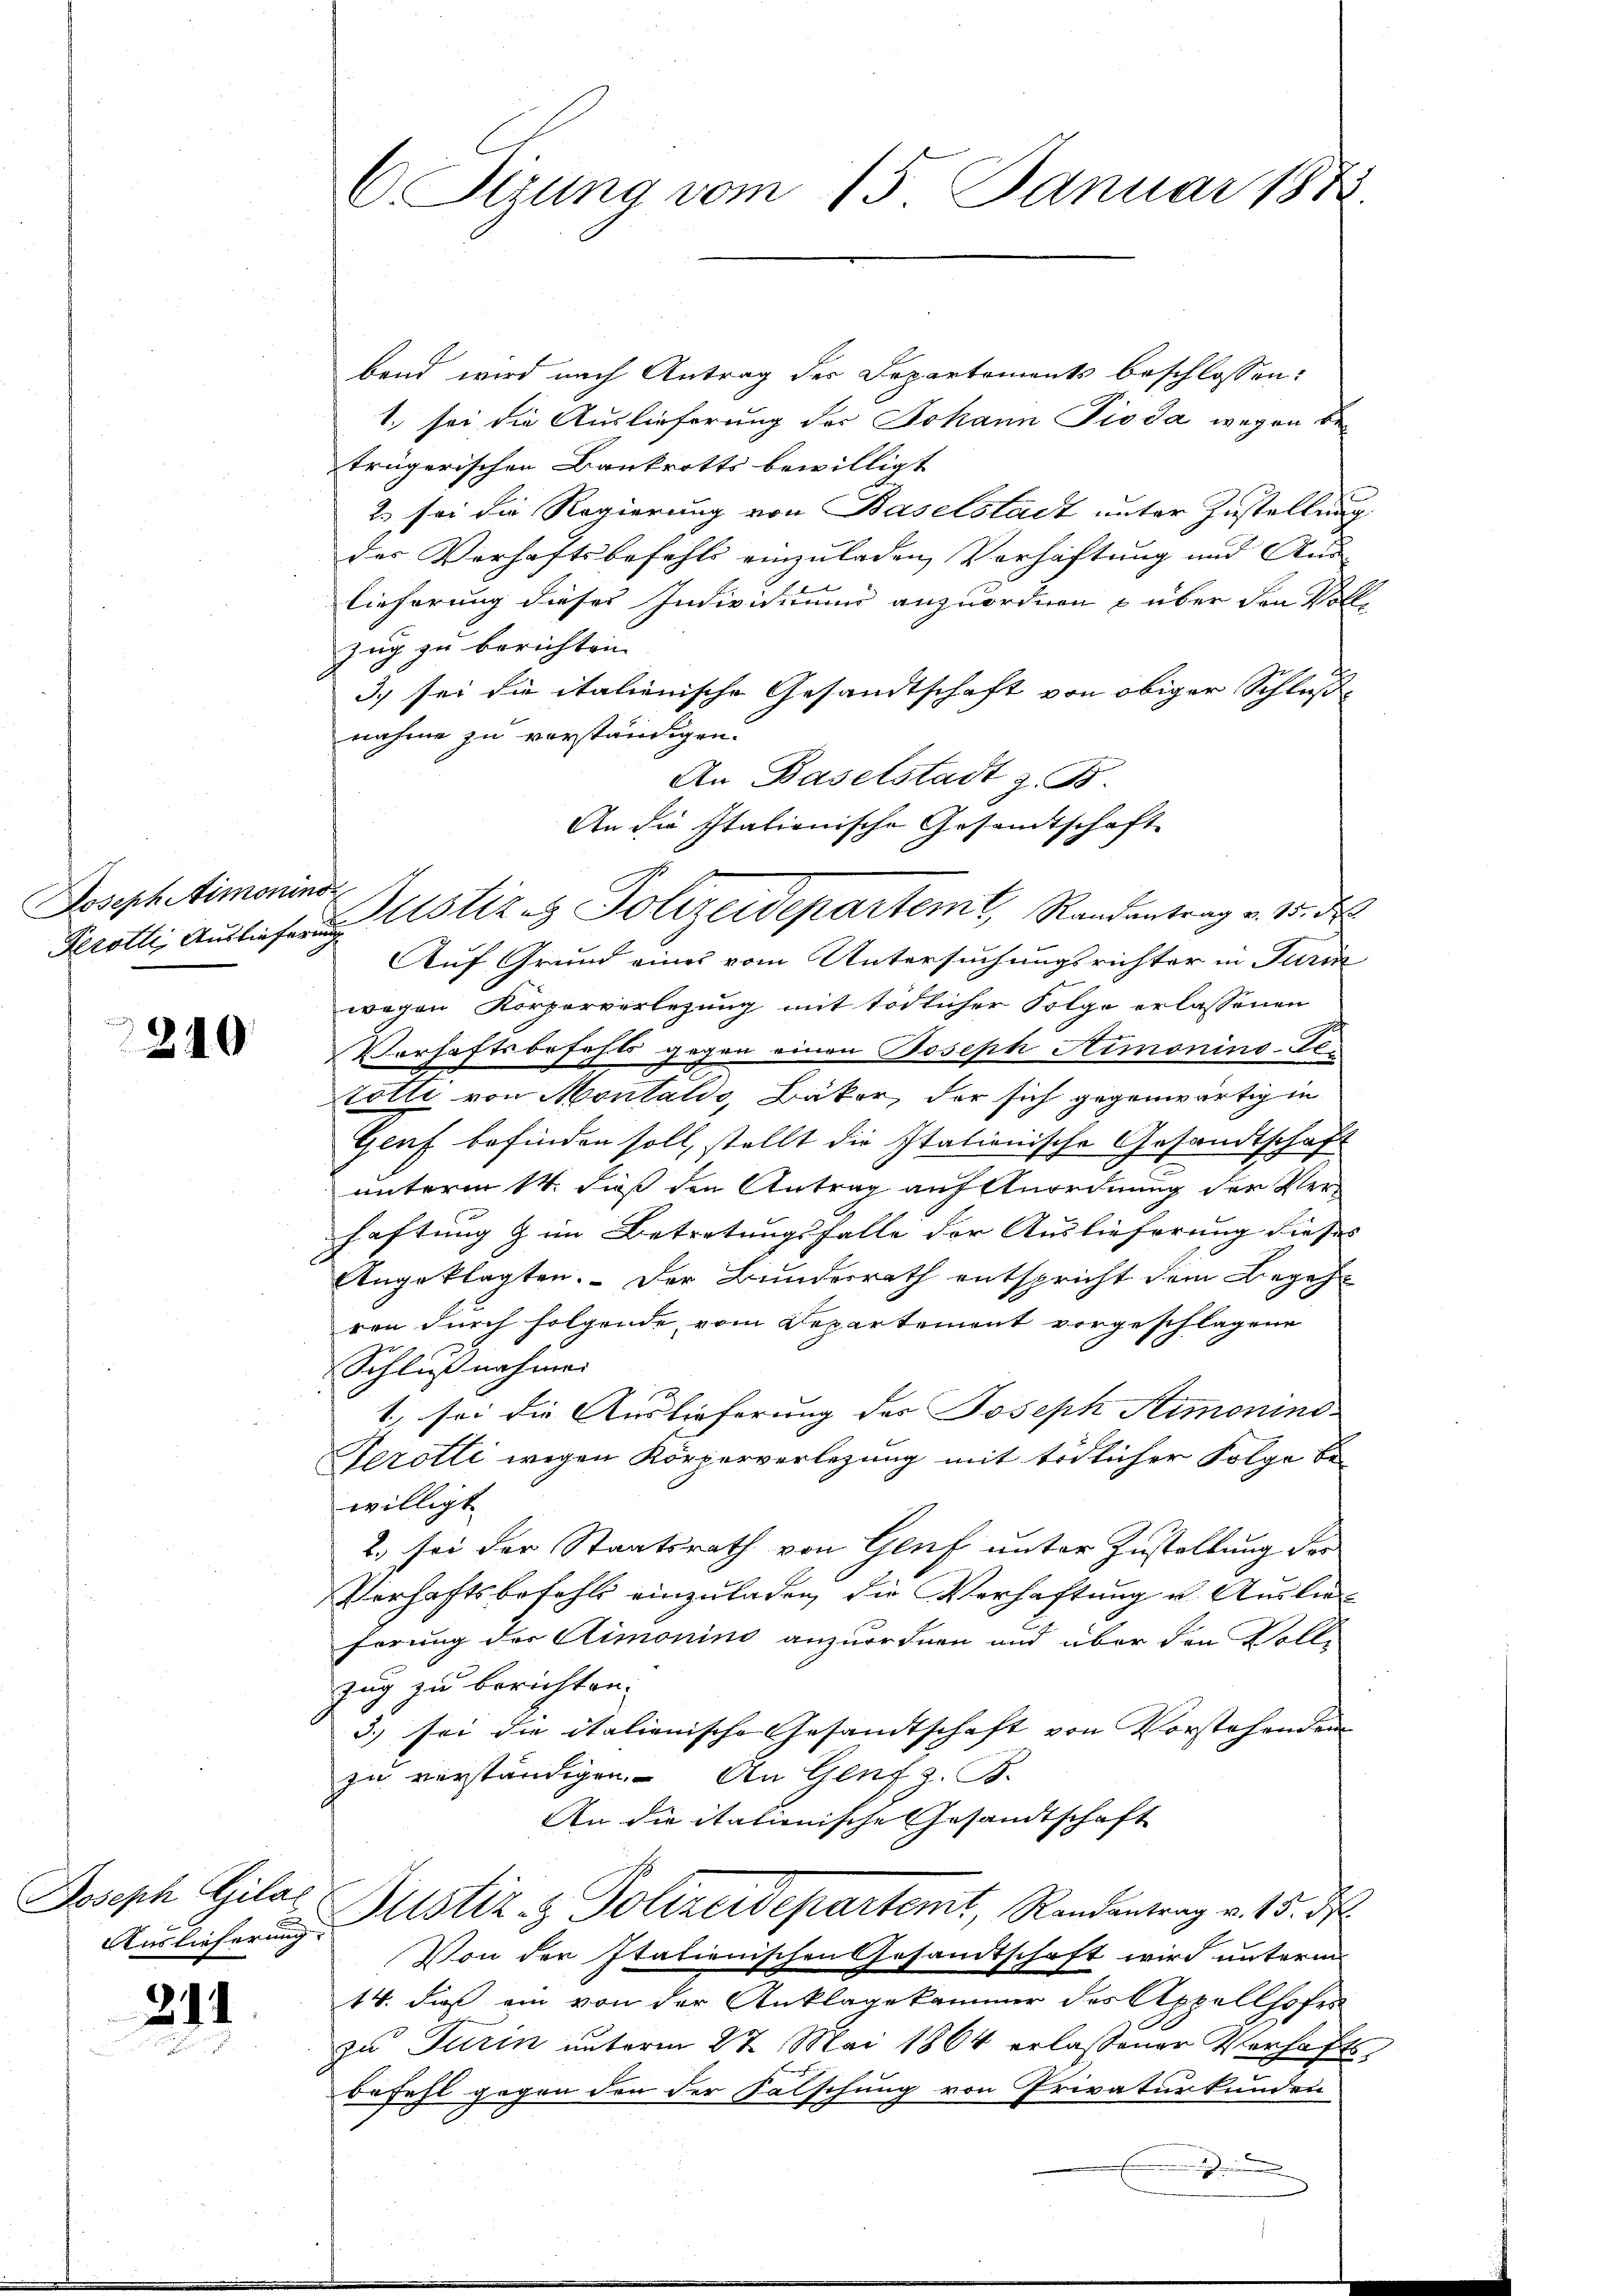
Joseph Simoninst

240

Joseph Gilae
Auslieferung. |

311

band wird nach Antrag der Departements beschlossen:
1. sei die Auslieferung der Johann Pioda wegen Beträgerischen Bankrotts bewilligt
2. sei die Regierung von Baselstadt unter Zustellung
der Verhaftsbefehls einzuladen Verhaftung und Aus
lieferung dieses Individiums anzuordnen & über den Vollzug zu berichten.
3) sei die italienische Gesandtschaft von obiger Schluße
nahme zu verständigen.
An Baselstadt z. B.
Auf Grund eines vom Untersuchungsrichter in Turin
wegen Körperverlegung mit tödlicher Folge erlassenen
Verhaftsbefehls gegen einen Joseph Stimonino-Getotti von Montalis, Bäker, der sich gegenwärtig in
Geuf befinden soll, stellt die stationische Gesandtschaft
unterm 14. daß den Antrag auf Anordnung der Verhaftung & im Betretungsfalle der Auslieferung dieses
Angeklagten. Der Bunderrath entspricht dem Begehren durch folgende vom Departement vorgeschlagene
Schlußnahmen
1., sei die Auslieferung des Joseph Stimonins
Terotti wegen Körperverlegung mit tödlicher Folge bewilligt
2., sei der Staatsrath von Genf unter Zustaltung der
Verhaftsbefehls einzuladen, die Verhaftung u. Auslieförung der Aimonino anzuordnen und über den Voll-
zug zu berichten.
3.) sei die italienische Gesandtschaft von Vorstehenden
zu verständigen. An Genf z. B.
An die itationische Gesandtschaft
Justiz- & Polizeidepartemt, Randantrag v. 15. d.
Von der Italienischen Gesamtschaft wird unterm
14. dieß ein von der Anklagekammer des Appellhofes
zu Turin unterm 27. Mai 1864 erlassener Verhafts-
Befehl gegen den der Falschung von Privaturkunden

C. Szung vom 15. Januar 1872.

An die stationische Gesandtschaft
Serotti, Auslieferung Ustizag Polizeidepartemt, Randantrag v. 15. d.

.

2